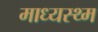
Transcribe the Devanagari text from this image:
माध्यस्थ्म